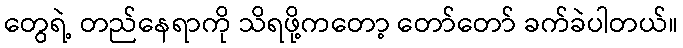
တွေရဲ့ တည်နေရာကို သိရဖို့ကတော့ တော်တော် ခက်ခဲပါတယ်။